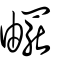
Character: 𤳄